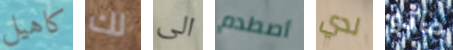
كاهيل لك الى أصطدم لدي ماتو